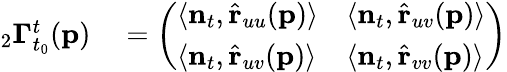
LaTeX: \begin{array}{rl}{{}_{2}\mathbf{\Gamma}_{t_{0}}^{t}(\mathbf{p})}&{{}=\left(\begin{array}{ll}{\langle\mathbf{n}_{t},\hat{\mathbf{r}}_{uu}(\mathbf{p})\rangle}&{\langle\mathbf{n}_{t},\hat{\mathbf{r}}_{uv}(\mathbf{p})\rangle}\\ {\langle\mathbf{n}_{t},\hat{\mathbf{r}}_{uv}(\mathbf{p})\rangle}&{\langle\mathbf{n}_{t},\hat{\mathbf{r}}_{vv}(\mathbf{p})\rangle}\end{array}\right)}\end{array}